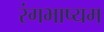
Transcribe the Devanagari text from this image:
रंगभाष्यम